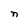
Character: n